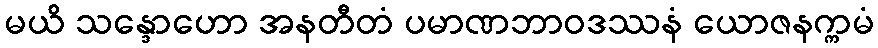
မယိ သန္ဒောဟော အနတီတံ ပမာဏဘာဝဒဿနံ ယောဇနက္ကမံ